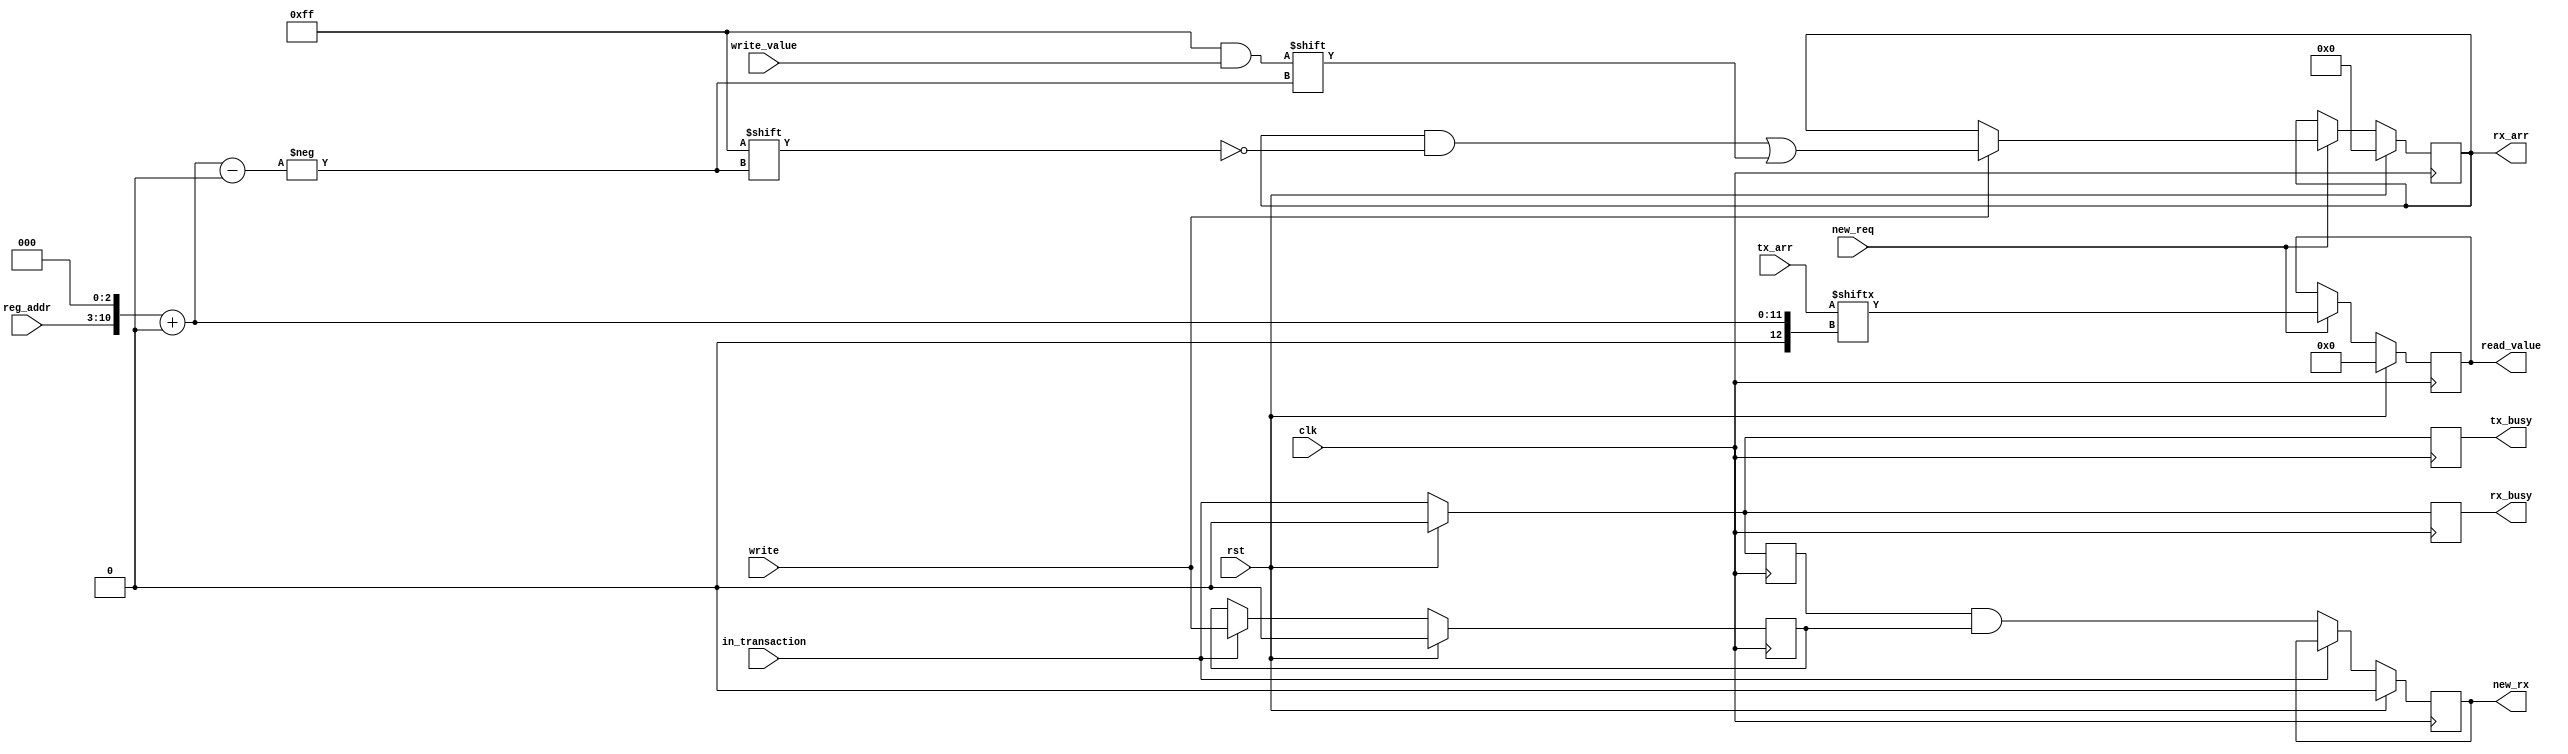
module mojo_com_logic #(
	parameter ADDR_SPACE = 256
)(
	input clk,
	input rst,
	input  [ADDR_SPACE_BITS-1:0] reg_addr,
	input  write,
	input  new_req,
	input  [7:0] write_value,
	output [7:0] read_value,
	input  in_transaction,
	output [8*ADDR_SPACE-1:0] rx_arr,
	output rx_busy,
	output new_rx,
	input [8*ADDR_SPACE-1:0] tx_arr,
	output tx_busy
);
parameter ADDR_SPACE_BITS = $clog2(ADDR_SPACE);
parameter WORD_SIZE = 8;
parameter ADDR_BITS = ADDR_SPACE * 8; 
parameter ADDR_BIT_COUNT = $clog2(ADDR_BITS); 
reg [ADDR_BITS-1:0] rx_arr_q, rx_arr_d;
reg rx_busy_q, rx_busy_d, tx_busy_q, tx_busy_d, new_rx_q, new_rx_d;
assign rx_arr = rx_arr_q;
assign rx_busy = rx_busy_q;
assign new_rx  = new_rx_q;
assign tx_busy = tx_busy_q;
reg [7:0] read_value_d, read_value_q;
assign read_value = read_value_q;
reg old_write_d, old_write_q, old_transaction_d, old_transaction_q;
always @(*) begin
    read_value_d = read_value_q;
	old_write_d  = old_write_q;
	old_transaction_d = in_transaction;
	rx_busy_d = in_transaction;
	tx_busy_d = in_transaction;
	new_rx_d  = new_rx_q;
	rx_arr_d  = rx_arr_q;
    if (new_req) begin
		read_value_d = tx_arr[{reg_addr,3'b0}+:WORD_SIZE];
		if (write) begin
			rx_arr_d[{reg_addr,3'b0}+:WORD_SIZE] = write_value;
		end
    end
	if (in_transaction) begin
		old_write_d = write;
	end else begin
		new_rx_d = old_transaction_q & old_write_q;
	end
end
always @(posedge clk) begin
    if (rst) begin
		read_value_q <= 0;
		rx_busy_q <= 0;
		tx_busy_q <= 0;
		new_rx_q  <= 0;
		rx_arr_q <= 0;
		old_write_q <= 0;
		old_transaction_q <= 0;
    end else begin
		read_value_q <= read_value_d;
		rx_busy_q <= rx_busy_d;
		tx_busy_q <= tx_busy_d;
		new_rx_q  <= new_rx_d;
		rx_arr_q  <= rx_arr_d;
		old_write_q <= old_write_d;
		old_transaction_q <= old_transaction_d;
    end
end
endmodule